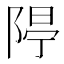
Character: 𨺐